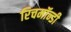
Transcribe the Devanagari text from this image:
रिचमॉन्डी